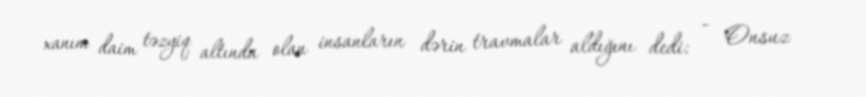
xanım daim təzyiq altında olan insanların dərin travmalar aldığını dedi: - Onsuz